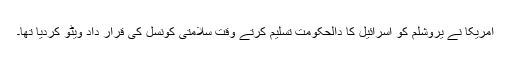
امریکا نے یروشلم کو اسرائیل کا دالحکومت تسلیم کرتے وقت سلامتی کونسل کی قرار داد ویٹو کردیا تھا۔